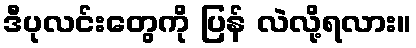
ဒီပုလင်းတွေကို ပြန် လဲလို့ရလား။